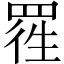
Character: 𱻃